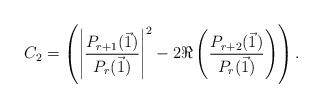
LaTeX: \begin{align*}C_2 = \left(\left|\frac{P_{r+1}(\vec{1})}{P_r(\vec{1})}\right|^2 - 2 \Re\left(\frac{P_{r+2}(\vec{1})}{P_r(\vec{1})}\right)\right).\end{align*}